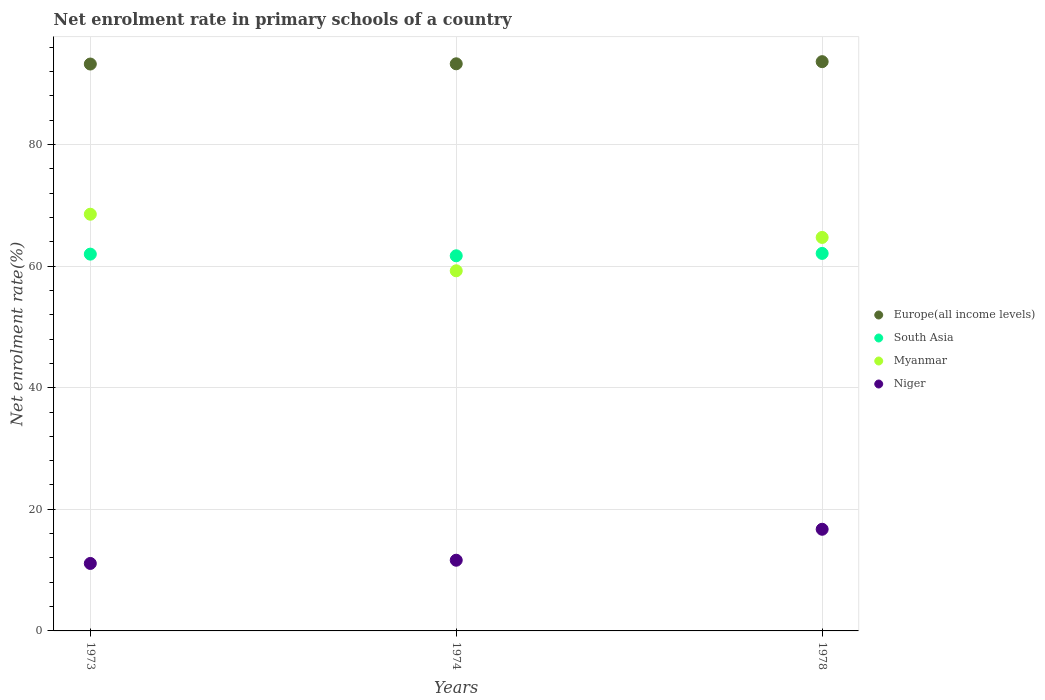
| Years | Europe(all income levels) | South Asia | Myanmar | Niger |
 | --- | --- | --- | --- | --- |
 | 1973 | 93.2 | 62 | 68.5 | 11.1 |
 | 1974 | 93.3 | 61.7 | 59.2 | 11.6 |
 | 1978 | 93.6 | 62.1 | 64.7 | 16.7 |